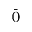
\bar { ( ) }